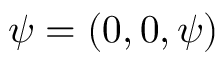
\boldsymbol { \psi } = ( 0 , 0 , \psi )